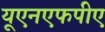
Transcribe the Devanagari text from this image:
यूएनएफपीए